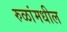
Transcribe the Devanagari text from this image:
रुळांमधील